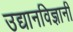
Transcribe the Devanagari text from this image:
उद्यानविज्ञानी